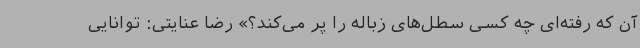
آن که رفته‌ای چه کسی سطل‌های زباله را پر می‌کند؟» رضا عنایتی: توانایی